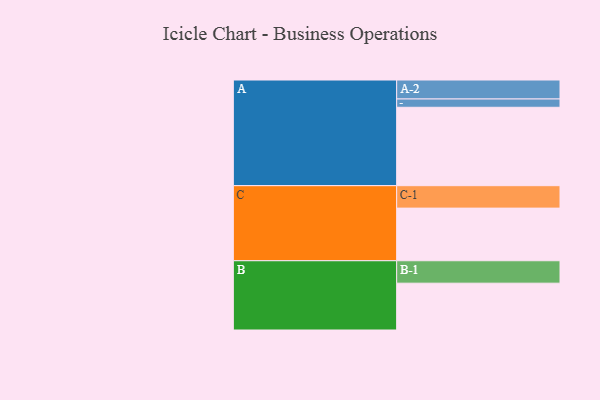
{"axis": {"x": "Segment", "y": "Value"}, "legend": ["", "A", "B", "C"], "data": [{"x": "A", "y": 566, "type": ""}, {"x": "B", "y": 338, "type": ""}, {"x": "C", "y": 380, "type": ""}, {"x": "A-1", "y": 60, "type": "A"}, {"x": "A-2", "y": 137, "type": "A"}, {"x": "B-1", "y": 162, "type": "B"}, {"x": "C-1", "y": 162, "type": "C"}]}